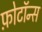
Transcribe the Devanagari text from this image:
फ़ोटॉन्स